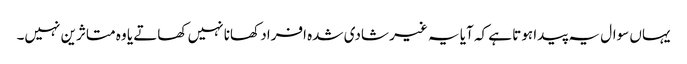
یہاں سوال یہ پیدا ہوتا ہے کہ آیا یہ غیر شادی شدہ افراد کھانا نہیں کھاتے یا وہ متاثرین نہیں۔